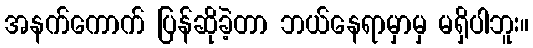
အနက်ကောက် ပြန်ဆိုခဲ့တာ ဘယ်နေရာမှာမှ မရှိပါဘူး။